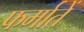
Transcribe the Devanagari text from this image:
फर्मातें